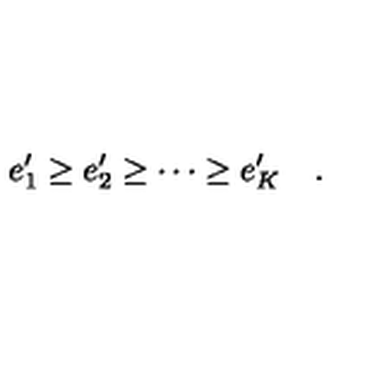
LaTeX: e _ { 1 } ^ { \prime } \ge e _ { 2 } ^ { \prime } \ge \cdots \ge e _ { K } ^ { \prime } \quad .